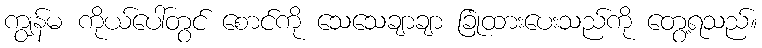
ကျွန်မ ကိုယ်ပေါ်တွင် စောင်ကို သေသေချာချာ ခြုံထားပေးသည်ကို တွေ့ရသည်။